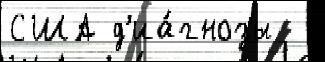
США д'иа́гнозы